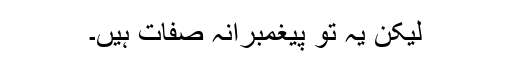
لیکن یہ تو پیغمبرانہ صفات ہیں۔